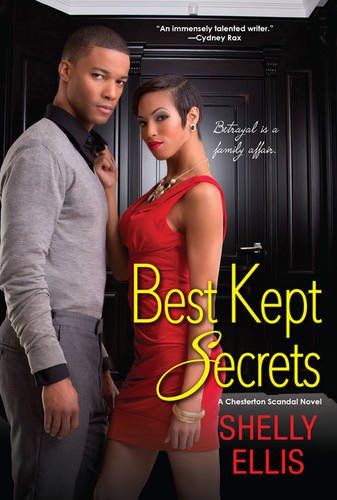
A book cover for Best Kept Secrets (A Chesterton Scandal Novel); Shelly Ellis; Romance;